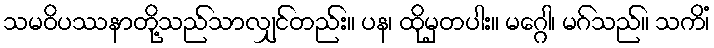
သမဝိပဿနာတို့သည်သာလျှင်တည်း။ ပန၊ ထိုမှတပါး။ မဂ္ဂေါ၊ မဂ်သည်။ သကိံ၊